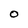
Character: O